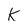
Character: K